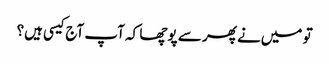
تو میں‌نے پھر سے پوچھا کہ آپ آج کیسی ہیں؟